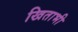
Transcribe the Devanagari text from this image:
खिताभी